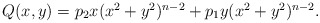
\begin{align*}\begin{array}{l}Q(x,y)=p_2x(x^2+y^2)^{n-2}+p_1y(x^2+y^2)^{n-2}.\end{array}\end{align*}